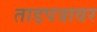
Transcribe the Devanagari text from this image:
ताडपत्रावर